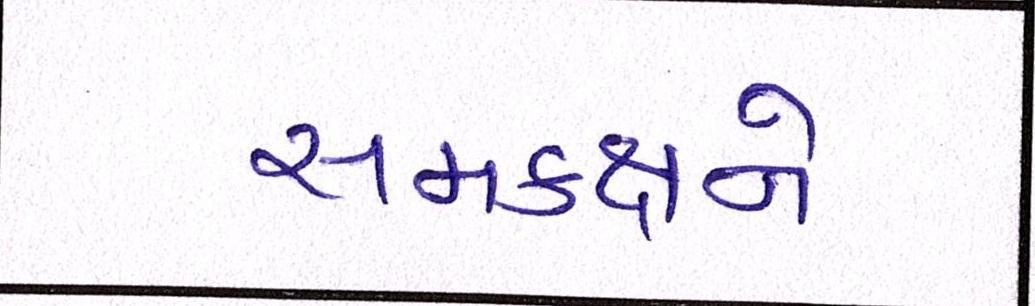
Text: સમકક્ષને